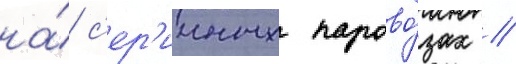
на́ с'ер'ииных парово́зах //